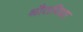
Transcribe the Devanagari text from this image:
श्रौतविद्या